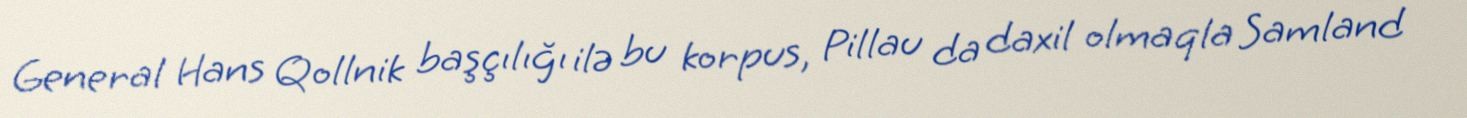
General Hans Qollnik başçılığı ilə bu korpus, Pillau da daxil olmaqla Samland